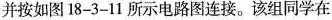
并按如图18-3-11所示电路图连接。该组同学在